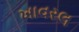
ખાવરલ